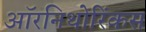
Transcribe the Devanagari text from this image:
ऑरनिथोरिंकस